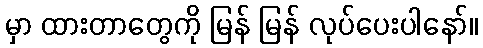
မှာ ထားတာတွေကို မြန် မြန် လုပ်ပေးပါနော်။